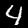
Label: 4